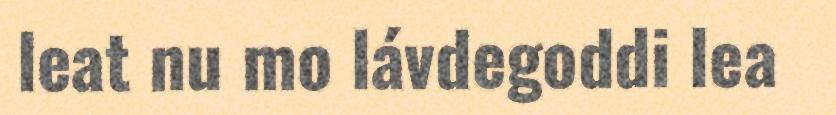
leat nu mo lávdegoddi lea